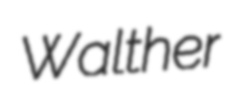
Walther